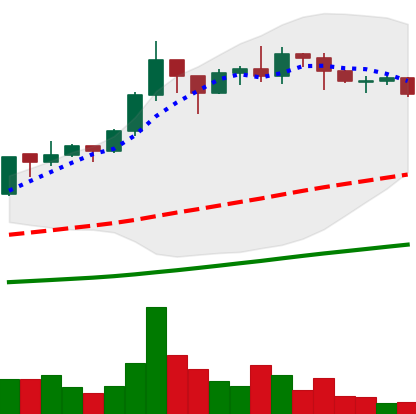
Ticker: ADA-USD
Chart end date: 2020-07-20
Forward return: 21.755%
Label: up_7plus